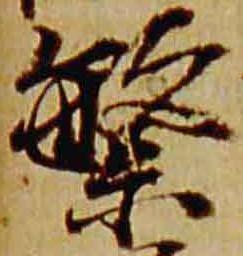
繁